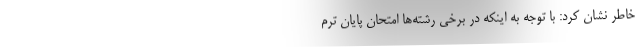
خاطر نشان کرد: با توجه به اینکه در برخی رشته‌ها امتحان پایان ترم